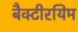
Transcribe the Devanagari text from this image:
बैक्टीरयिम